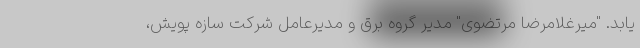
یابد. "میرغلامرضا مرتضوی" مدیر گروه برق و مدیرعامل شرکت سازه پویش،